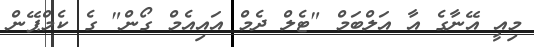
މިއީ އޭނާގެ އާ އަލްބަމް "ޓެލް ދެމް އައިއެމް ގޯން" ގެ ކެމްޕޭން